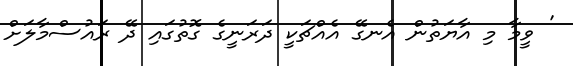
' ވީމާ މި އާޔަތުން އެނގޭ އެއްޗަކީ ދަރަނީގެ ގޮތުގައި ދޭ ރައުސްމާލަށް